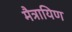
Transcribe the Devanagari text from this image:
मैत्रायिण